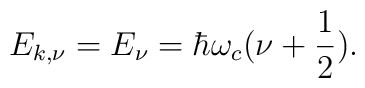
E_{k,\nu}=E_{\nu}= \hbar \omega_c (\nu+ \frac {1}{2}).